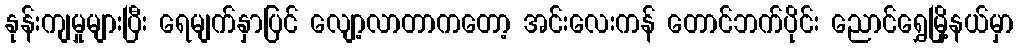
နုန်းကျမှုများပြီး ရေမျက်နှာပြင် လျော့လာတာကတော့ အင်းလေးကန် တောင်ဘက်ပိုင်း ညောင်ရွှေမြို့နယ်မှာ